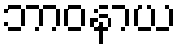
ဘာဝနာယ